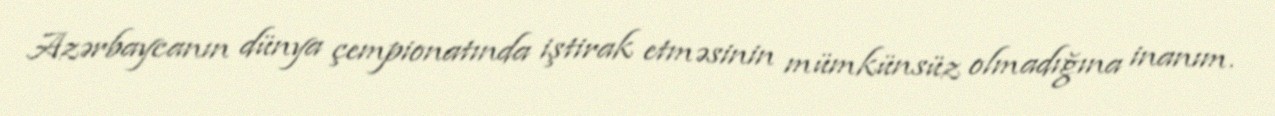
Azərbaycanın dünya çempionatında iştirak etməsinin mümkünsüz olmadığına inanım.